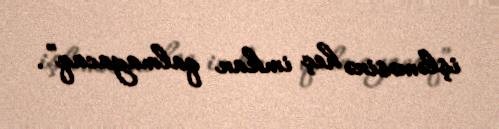
işləməsinə heç imkan qalmayacaq”.